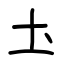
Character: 圡